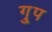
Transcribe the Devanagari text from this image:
गु्प